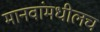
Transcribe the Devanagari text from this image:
मानवांमधीलच